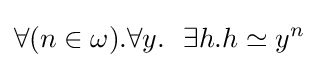
\forall (n\in \omega ).\forall y.\ \ \exists h.h\simeq y^{n}